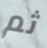
ثم